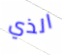
الذي